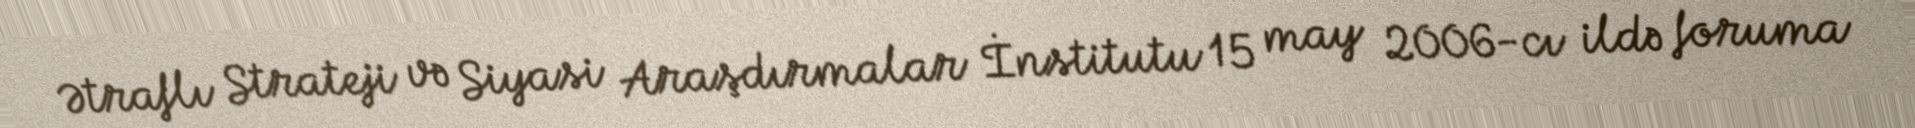
Ətraflı Strateji və Siyasi Araşdırmalar İnstitutu 15 may 2006-cı ildə foruma